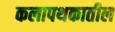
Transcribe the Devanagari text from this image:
कलापथकातील